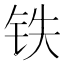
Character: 铁